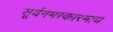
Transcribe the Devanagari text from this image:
सूर्यनमस्कारमाघ